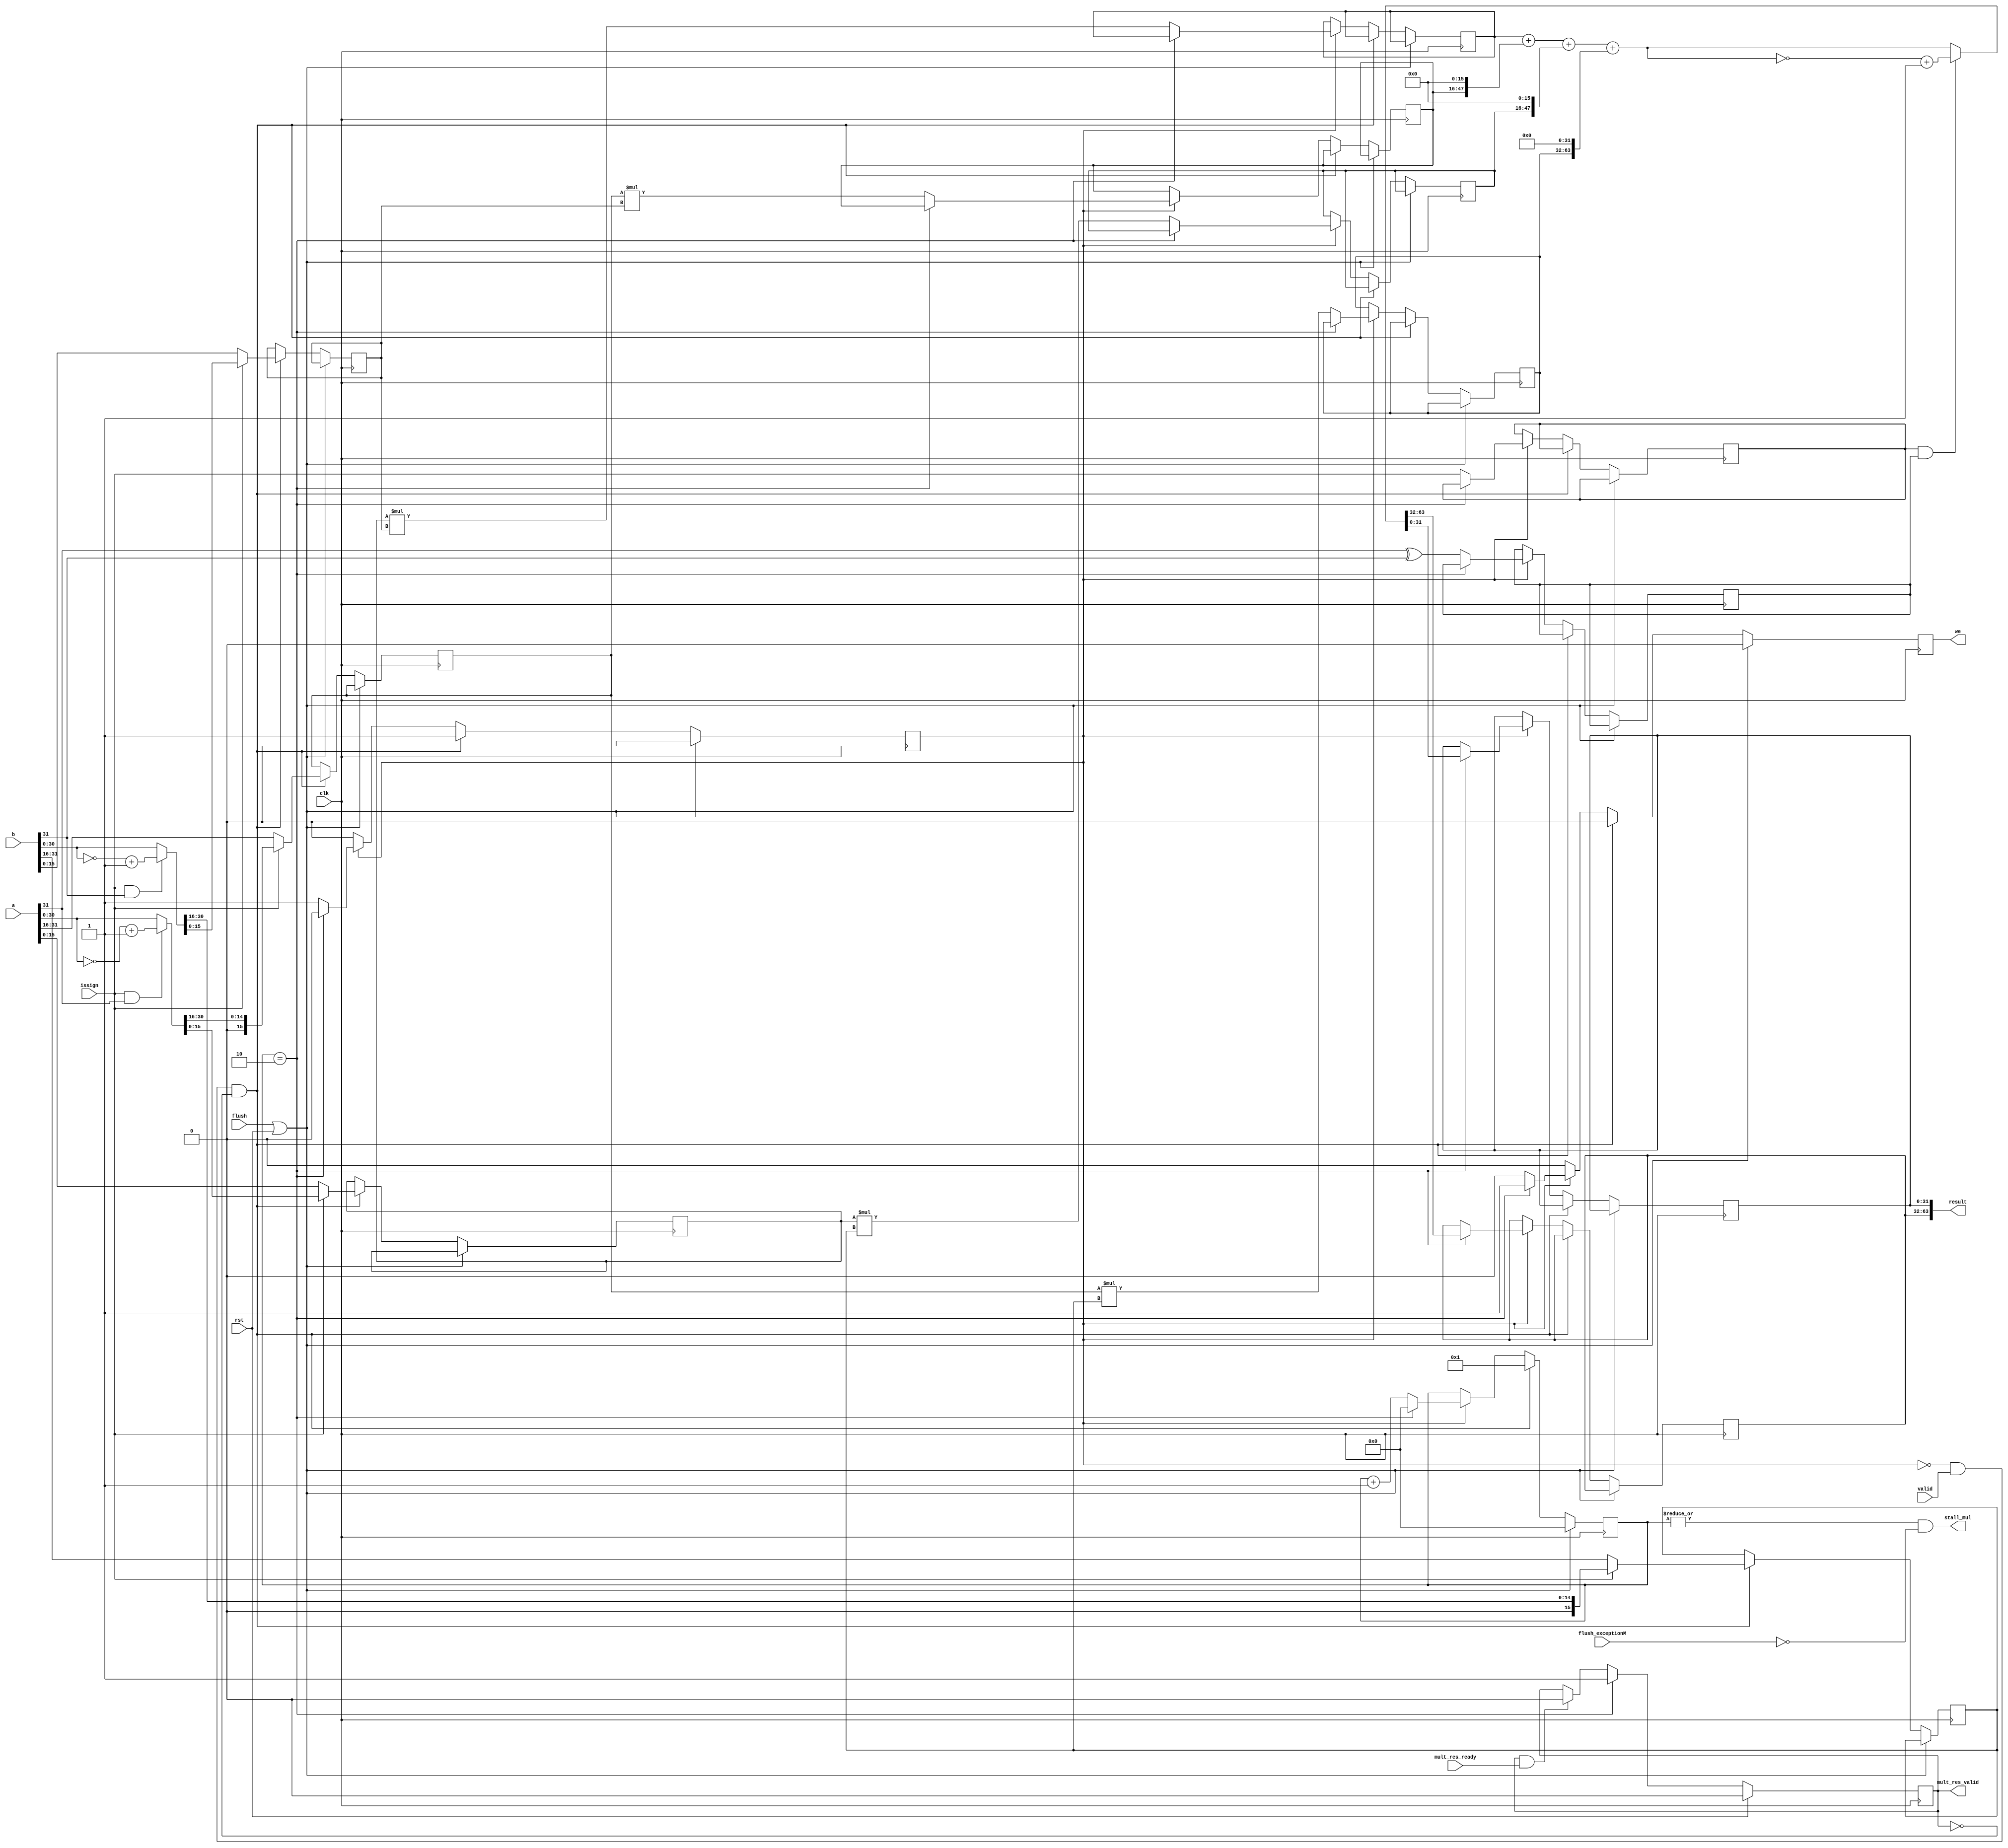
module mul(
    input wire clk,rst,
    input wire[31:0] a,b,
    input valid,//fg=0 means the first period, fg=1 means the second   en=1 means multi
    input issign,
    output wire[63:0] result,//remember fg=~fg every clk in datapath
    input flush,
    input flush_exceptionM,
    output wire stall_mul,
    input wire mult_res_ready,
    output reg mult_res_valid,
    output reg we
    );
    reg[31:0] hi,lo;
    reg [31:0] tmpa,tmpb;
    reg [15:0] a_lo,a_hi,b_lo,b_hi;
    reg [31:0] tmp1,tmp2,tmp3,tmp4;
    reg [63:0] res;
    reg sign,issign1;
    reg tmpfordebug;
    reg[5:0]cnt;reg start_cnt;
    always@(posedge clk)begin
        we<=0;
        if(flush|rst)begin
            cnt<=0;start_cnt<=0;
        end else if(!start_cnt&valid&~mult_res_valid)begin
            we<=0;
            cnt<=1;start_cnt<=1;
            if(issign&&a[31]==1)tmpa=(~a[30:0])+1;else tmpa=a;
            if(issign&&b[31]==1)tmpb=(~b[30:0])+1;else tmpb=b;
            if(issign)begin
                a_lo=tmpa[15:0];a_hi={1'b0,tmpa[30:16]};
                b_lo=tmpb[15:0];b_hi={1'b0,tmpb[30:16]};
            end else begin
                a_lo=a[15:0];a_hi=a[31:16];
                b_lo=b[15:0];b_hi=b[31:16];
            end
            // tmp1=a_lo*b_lo;tmp2=a_hi*b_lo;
            // tmp3=a_lo*b_hi;tmp4=a_hi*b_hi;
            // sign=a[31]^b[31];
            // //hi=0;lo=0;
            // issign1=issign;tmpfordebug=0;
        end else if(start_cnt)begin 
            if(cnt==2)begin
                we<=1;
                cnt<=0;start_cnt<=0;
                res=tmp1+(tmp2<<16)+(tmp3<<16)+(tmp4<<32);
                if(issign1&&sign)res={1'b1,~res+1};
//                if(a[31]^b[31])lo={1'b1,res[30:0]};
//                else lo={1'b0,res[30:0]};
                lo=res[31:0];
                hi=res[63:32];
                tmpfordebug=1;
            end else begin
                cnt<=cnt+1;
                tmp1=a_lo*b_lo;tmp2=a_hi*b_lo;
                tmp3=a_lo*b_hi;tmp4=a_hi*b_hi;
                sign=a[31]^b[31];
                //hi=0;lo=0;
                issign1=issign;tmpfordebug=0;
            end
        end
    end

    wire data_go;
    assign data_go = mult_res_valid & mult_res_ready;
    always @(posedge clk) begin
        mult_res_valid <= rst     ? 1'b0 :
                     cnt==2  ? 1'b1 :
                     data_go ? 1'b0 : mult_res_valid;
    end
    assign result={hi,lo};
    assign stall_mul=(|cnt)&~flush_exceptionM;
endmodule